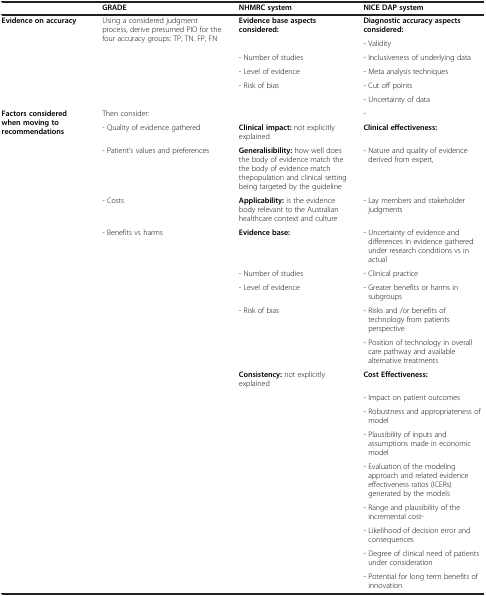
<table><thead><tr><td><b> </b></td><td><b>GRADE</b></td><td><b>NHMRC system</b></td><td><b>NICE DAP system</b></td></tr></thead><tbody><tr><td rowspan="6"><b>Evidence on accuracy</b></td><td rowspan="6">Using a considered judgment process, derive presumed PIO for the four accuracy groups: TP, TN. FP, FN</td><td><b>Evidence base aspects considered:</b></td><td><b>Diagnostic accuracy aspects considered:</b></td></tr><tr><td> </td><td>- Validity</td></tr><tr><td>- Number of studies</td><td>- Inclusiveness of underlying data</td></tr><tr><td>- Level of evidence</td><td>- Meta analysis techniques</td></tr><tr><td>- Risk of bias</td><td>- Cut off points</td></tr><tr><td> </td><td>- Uncertainty of data</td></tr><tr><td rowspan="8"><b>Factors considered when moving to recommendations</b></td><td>Then consider:</td><td> </td><td>-</td></tr><tr><td>- Quality of evidence gathered</td><td><b>Clinical impact:</b> not explicitly explained</td><td><b>Clinical effectiveness:</b></td></tr><tr><td>- Patient’s values and preferences</td><td><b>Generalisibility:</b> how well does the body of evidence match the the body of evidence match thepopulation and clinical setting being targeted by the guideline</td><td>- Nature and quality of evidence derived from expert,</td></tr><tr><td>- Costs</td><td><b>Applicability:</b> is the evidence body relevant to the Australian healthcare context and culture</td><td>- Lay members and stakeholder judgments</td></tr><tr><td>- Benefits vs harms</td><td><b>Evidence base:</b></td><td>- Uncertainty of evidence and differences in evidence gathered under research conditions vs in actual</td></tr><tr><td> </td><td>- Number of studies</td><td>- Clinical practice</td></tr><tr><td> </td><td>- Level of evidence</td><td>- Greater benefits or harms in subgroups</td></tr><tr><td> </td><td>- Risk of bias</td><td>- Risks and /or benefits of technology from patients perspective</td></tr><tr><td> </td><td> </td><td> </td><td>- Position of technology in overall care pathway and available alternative treatments</td></tr><tr><td> </td><td> </td><td><b>Consistency:</b> not explicitly explained</td><td><b>Cost Effectiveness:</b></td></tr><tr><td> </td><td> </td><td> </td><td>- Impact on patient outcomes</td></tr><tr><td> </td><td> </td><td> </td><td>- Robustness and appropriateness of model</td></tr><tr><td> </td><td> </td><td> </td><td>- Plausibility of inputs and assumptions made in economic model</td></tr><tr><td> </td><td> </td><td> </td><td>- Evaluation of the modeling approach and related evidence effectiveness ratios (ICERs) generated by the models</td></tr><tr><td> </td><td> </td><td> </td><td>- Range and plausibility of the incremental cost-</td></tr><tr><td> </td><td> </td><td> </td><td>- Likelihood of decision error and consequences</td></tr><tr><td> </td><td> </td><td> </td><td>- Degree of clinical need of patients under consideration</td></tr><tr><td> </td><td> </td><td> </td><td>- Potential for long term benefits of innovation</td></tr></tbody></table>